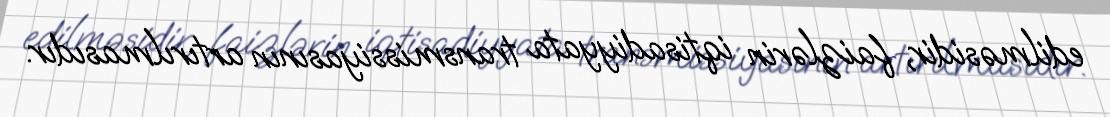
edilməsidir, faizlərin iqtisadiyyata transmissiyasının artırılmasıdır.